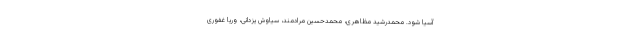
آسیا شود. محمدرشید مظاهری، محمدحسین مرادمند، سیاوش یزدانی، وریا غفوری